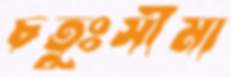
চতুঃসীমা